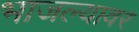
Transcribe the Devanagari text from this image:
भाजल्यावर